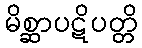
မိစ္ဆာပဋိပတ္တိ